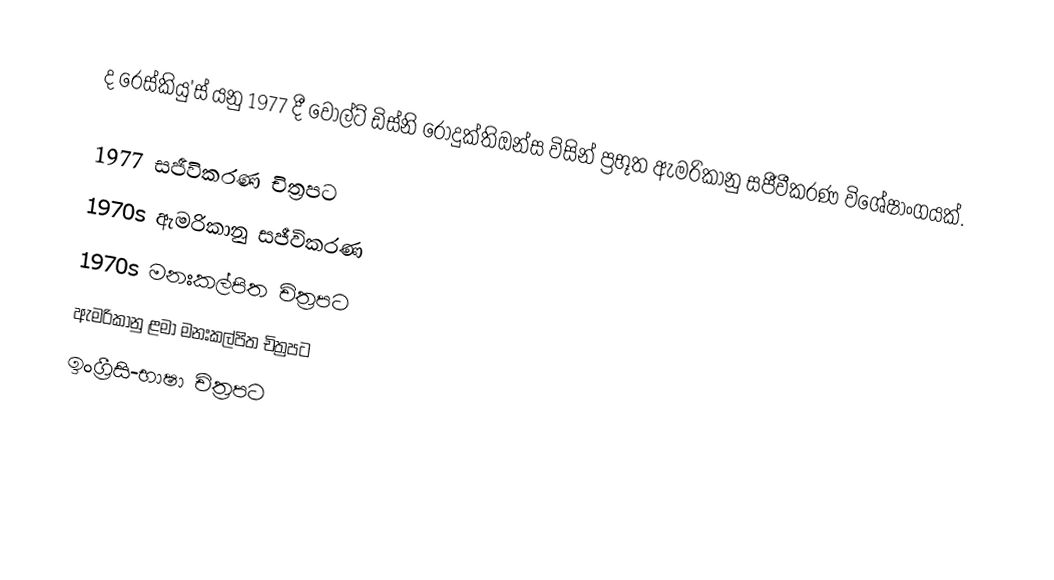
ද රෙස්කියු'ස් යනු 1977 දී වෝල්ට් ඩිස්නි රොදුක්තිඔන්ස විසින් ප්‍රභූත ඇමරිකානු සජීවීකරණ විශේෂාංගයක්.

1977 සජීවිකරණ චිත්‍රපට
1970s ඇමරිකානු සජීවිකරණ
1970s මනඃකල්පිත චිත්‍රපට
ඇමරිකානු ළමා මනඃකල්පිත චිත්‍රපට
ඉංග්‍රීසි-භාෂා චිත්‍රපට